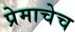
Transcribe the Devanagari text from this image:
प्रेमाचेच